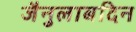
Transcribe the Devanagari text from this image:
जैनुलाबदिन